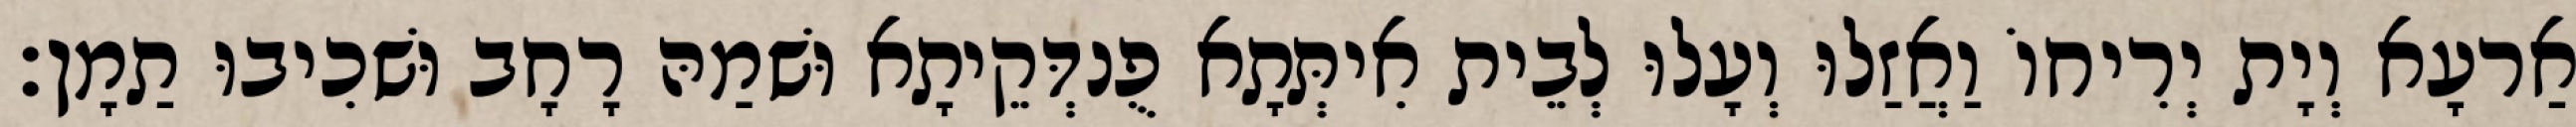
אַרעָא וְיָת יְרִיחוֹ וַאֲזַלוּ וְעָלוּ לְבֵית אִיתְּתָא פֻנדְּקֵיתָא וּשׁמַהּ רָחָב וּשׁכִיבוּ תַמָן׃